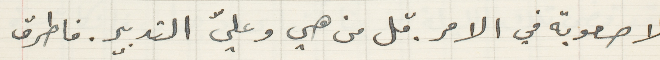
لا صعوبة في الامر. قل من هي وعليّ التدبير. فاطرق